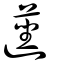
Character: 遳